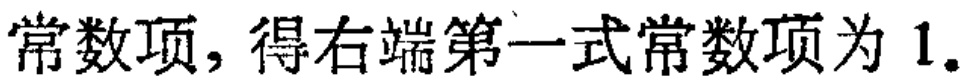
常数项，得右端第一式常数项为 1.